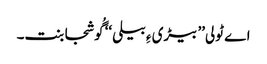
اے ٹولی’’ بیڑی ءِ بیلی‘‘ گُوشجابنت۔